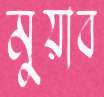
মুয়াব